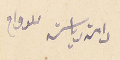
دامة رياسته للدوام